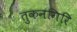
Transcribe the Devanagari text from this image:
तुकनगिरि